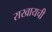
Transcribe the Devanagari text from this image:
राखायची